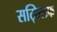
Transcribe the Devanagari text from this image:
सट्क्लिफ